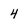
Character: 4